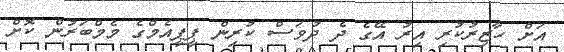
އަށް ހާޒިރުކުރި އިރު އޭގެ ދެ ދުވަސް ކުރިން ޕީޕީއެމްގެ މެމްބަރުން ކޮށް